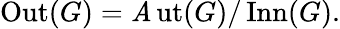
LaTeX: \operatorname{Out}(G)=\operatorname{\mathit{A}ut}(G)/\operatorname{Inn}(G).